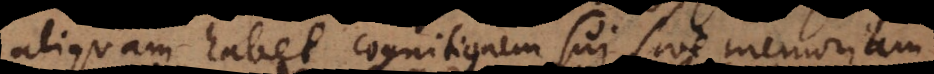
aliquam habet cognitionem sui, sive memoriam